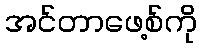
အင်တာဖေ့စ်ကို